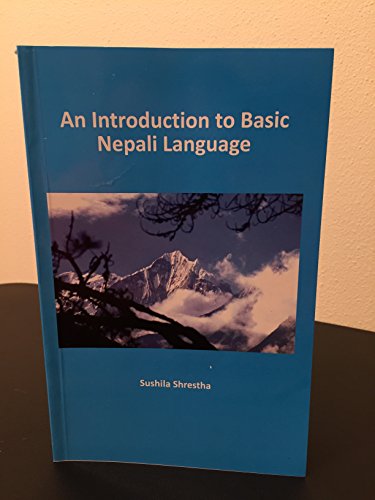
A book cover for An Introduction to Basic Nepali Language Textbook & Audio CD- Fourth Edition + Free 1 hour Skype Lesson for limited time only; Sushila Shrestha; Travel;